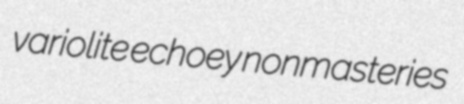
variolite echoey nonmasteries